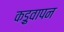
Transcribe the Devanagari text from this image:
कड़ुवापन